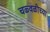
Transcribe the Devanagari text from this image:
चळ्वळीच्या